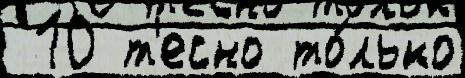
 10 т'есно то́лько